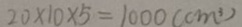
2 0 \times 1 0 \times 5 = 1 0 0 0 ( c m ^ { 3 } )